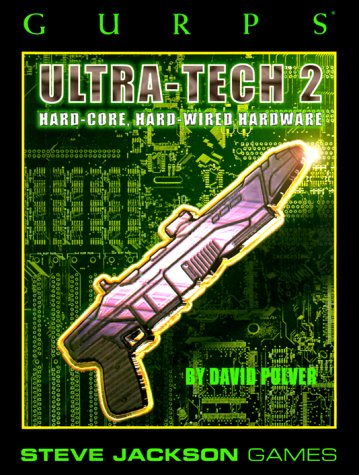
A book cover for GURPS Ultra-Tech 2 *OP (GURPS: Generic Universal Role Playing System) (No. 2); David L. Pulver; Science Fiction & Fantasy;